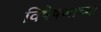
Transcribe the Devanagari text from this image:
विषेषणाच्या